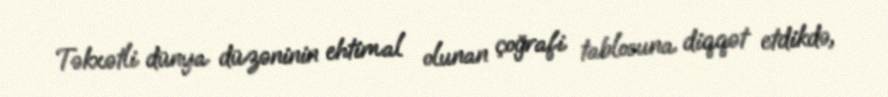
Təkxətli dünya düzəninin ehtimal olunan çoğrafi tablosuna diqqət etdikdə,